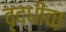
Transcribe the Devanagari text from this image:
वृद्धीचा